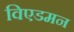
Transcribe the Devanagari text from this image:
विएडमन